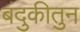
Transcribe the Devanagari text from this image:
बंदुकीतुन